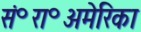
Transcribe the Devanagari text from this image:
सं॰रा॰अमेरिका